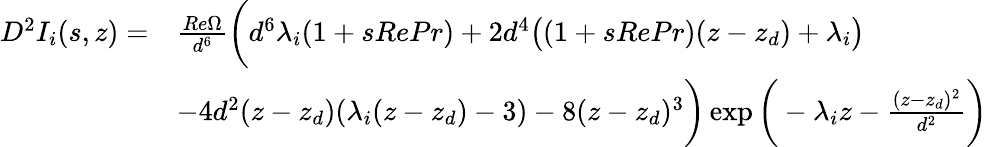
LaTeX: \begin{array}{rl}{D^{2}I_{i}(s,z)=}&{\frac{Re\Omega}{d^{6}}\bigg(d^{6}\lambda_{i}(1+sRePr)+2d^{4}\big((1+sRePr)(z-z_{d})+\lambda_{i}\big)}\\ &{-4d^{2}(z-z_{d})(\lambda_{i}(z-z_{d})-3)-8(z-z_{d})^{3}\bigg)\exp\bigg(-\lambda_{i}z-\frac{(z-z_{d})^{2}}{d^{2}}\bigg)}\end{array}